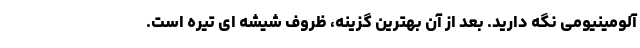
آلومینیومی نگه دارید. بعد از آن بهترین گزینه، ظروف شیشه ای تیره است.